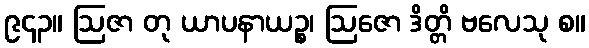
၉၄၃။ ဩဇာ တု ယာပနာယဉ္စ၊ ဩဇော ဒိတ္တိ ဗလေသု စ။